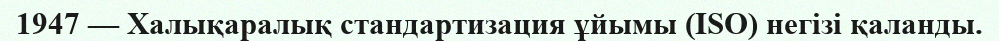
1947 — Халықаралық стандартизация ұйымы (ISO) негізі қаланды.